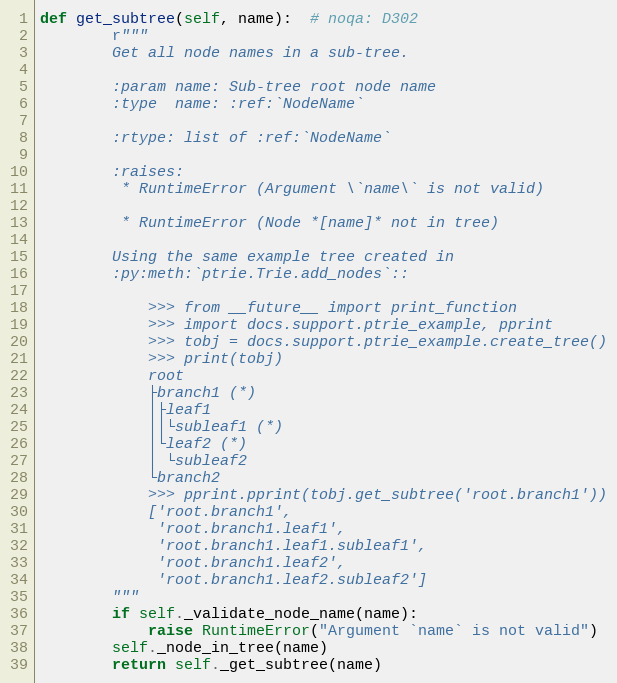
Language: Python
def get_subtree(self, name):  # noqa: D302
        r"""
        Get all node names in a sub-tree.

        :param name: Sub-tree root node name
        :type  name: :ref:`NodeName`

        :rtype: list of :ref:`NodeName`

        :raises:
         * RuntimeError (Argument \`name\` is not valid)

         * RuntimeError (Node *[name]* not in tree)

        Using the same example tree created in
        :py:meth:`ptrie.Trie.add_nodes`::

            >>> from __future__ import print_function
            >>> import docs.support.ptrie_example, pprint
            >>> tobj = docs.support.ptrie_example.create_tree()
            >>> print(tobj)
            root
            ├branch1 (*)
            │├leaf1
            ││└subleaf1 (*)
            │└leaf2 (*)
            │ └subleaf2
            └branch2
            >>> pprint.pprint(tobj.get_subtree('root.branch1'))
            ['root.branch1',
             'root.branch1.leaf1',
             'root.branch1.leaf1.subleaf1',
             'root.branch1.leaf2',
             'root.branch1.leaf2.subleaf2']
        """
        if self._validate_node_name(name):
            raise RuntimeError("Argument `name` is not valid")
        self._node_in_tree(name)
        return self._get_subtree(name)